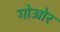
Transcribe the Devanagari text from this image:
गोओर